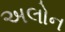
અલોન